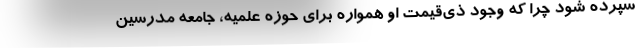
سپرده شود چرا که وجود ذی‌قیمت او همواره برای حوزه علمیه، جامعه مدرسین